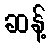
ဆန့်